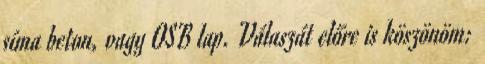
síma beton, vagy OSB lap. Válaszát előre is köszönöm: